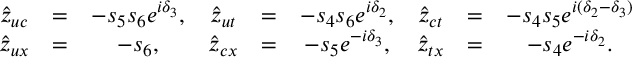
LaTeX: \begin{array} { c c c c c c c c c } { { \hat { z } _ { u c } } } & { { = } } & { { - s _ { 5 } s _ { 6 } e ^ { i \delta _ { 3 } } , } } & { { \hat { z } _ { u t } } } & { { = } } & { { - s _ { 4 } s _ { 6 } e ^ { i \delta _ { 2 } } , } } & { { \hat { z } _ { c t } } } & { { = } } & { { - s _ { 4 } s _ { 5 } e ^ { i ( \delta _ { 2 } - \delta _ { 3 } ) } } } \\ { { \hat { z } _ { u x } } } & { { = } } & { { - s _ { 6 } , } } & { { \hat { z } _ { c x } } } & { { = } } & { { - s _ { 5 } e ^ { - i \delta _ { 3 } } , } } & { { \hat { z } _ { t x } } } & { { = } } & { { - s _ { 4 } e ^ { - i \delta _ { 2 } } . } } \end{array}